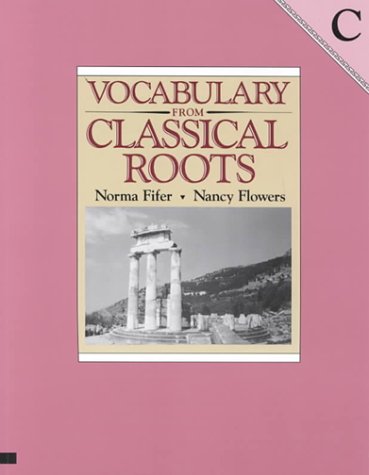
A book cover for Vocabulary from Classical Roots - C; Nancy Fifer; Teen & Young Adult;